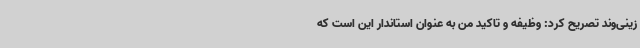
زینی‌وند تصریح کرد: وظیفه و تاکید من به عنوان استاندار این است که